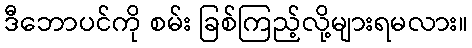
ဒီဘောပင်ကို စမ်း ခြစ်ကြည့်လို့များရမလား။